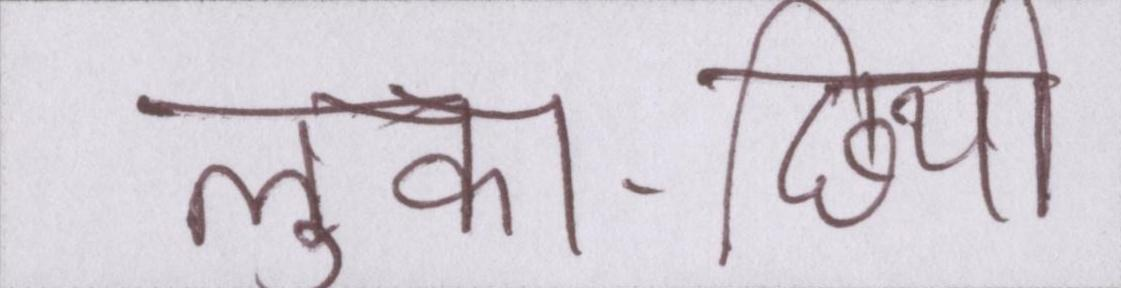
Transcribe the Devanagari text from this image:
लुका-छिपी